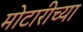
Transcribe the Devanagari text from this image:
मोटारीच्या